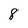
Character: 8